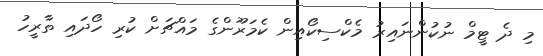
މި ދެ ޓީމް ނުކުންނައިރު މެކްސިކޯއިން ކެމަރޫންގެ މައްޗަށް ކުރި ހޯދައި ތާރީހު